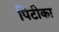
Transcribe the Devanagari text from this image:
पिटीका